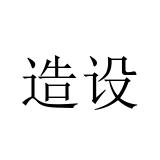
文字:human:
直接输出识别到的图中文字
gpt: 造设